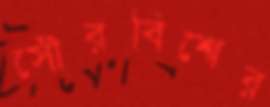
সৌরবিশ্বের